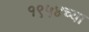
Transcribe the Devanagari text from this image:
१९५४च्या